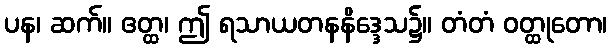
ပန၊ ဆက်။ ဧတ္ထ၊ ဤ ရသာယတနနိဒ္ဒေသ၌။ တံတံ ဝတ္ထုတော၊